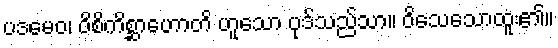
ပဒမေဝ၊ ဝိစိကိစ္ဆာဟောတိ ဟူသော ပုဒ်သည်သာ။ ဝိသေသောထူး၏။